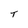
Character: t